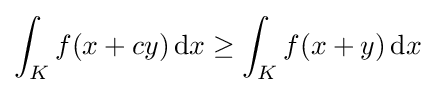
\int _{K}f(x+cy)\,\mathrm {d} x\geq \int _{K}f(x+y)\,\mathrm {d} x